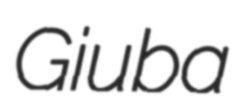
Giuba